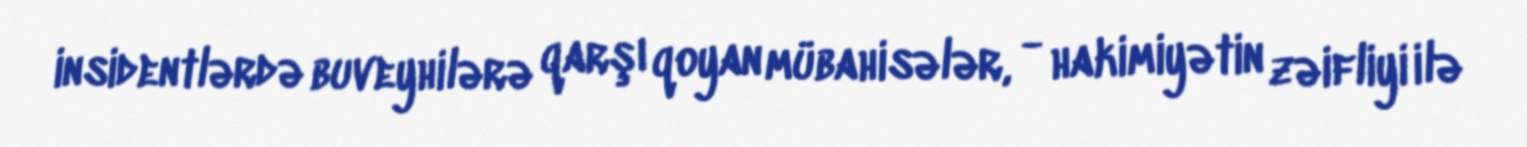
insidentlərdə buveyhilərə qarşı qoyan mübahisələr, - hakimiyətin zəifliyi ilə